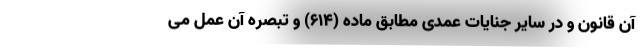
آن قانون و در سایر جنایات عمدی مطابق ماده (۶۱۴) و تبصره آن عمل می